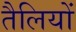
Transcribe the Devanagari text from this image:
तैलियों